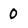
Character: 0